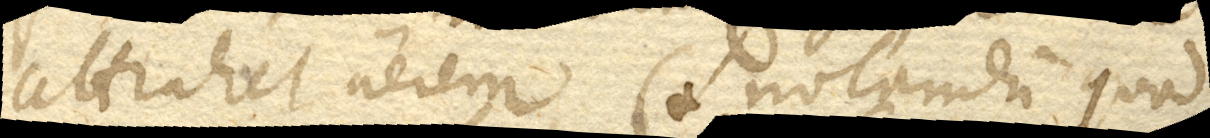
attrahet aerem. (+ Notandum quod